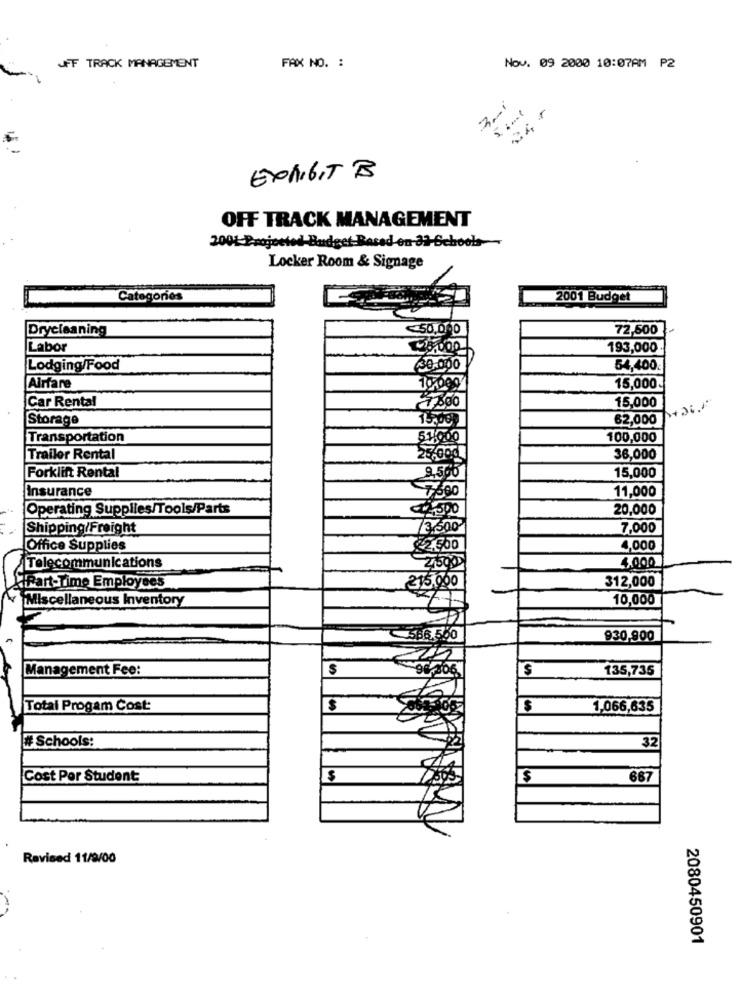
JFF TRACK MANAGEMENT
FAX NO. :
Nov. 09 2000 10:07AM P2
EXHIBIT B
OFF TRACK MANAGEMENT
2001-Projected-Budget Based on 31-Schools
Locker Room & Signage
Categories
2001 Budget
Drycleaning
50,000
72,500
Labor
193,000
Lodging/Food
30.000
54,400.
Airfare
15,000.
Car Rental
7,800
15,000
+26
Storage
15,000
62,000
Transportation
51.000
100,000
Trailer Rental
25,000
36,000
Forklift Rental
9,506
15,000
11,000
Insurance
Operating Supplies/Tools/Parts
2.500
20,000
Shipping/Freight
500
7,000
Office Supplies
2.500
4,000
Telecommunications
4.000
5.000
312,000
IPart-Time Employees
Miscellaneous Inventory
10,000
66.5
930,900
Management Fee:
S
S
135,735
Total Progam Cost:
$
1,066,635
# Schools:
32
Cost Por Student
$
667
Revised 11/9/00
2080450901